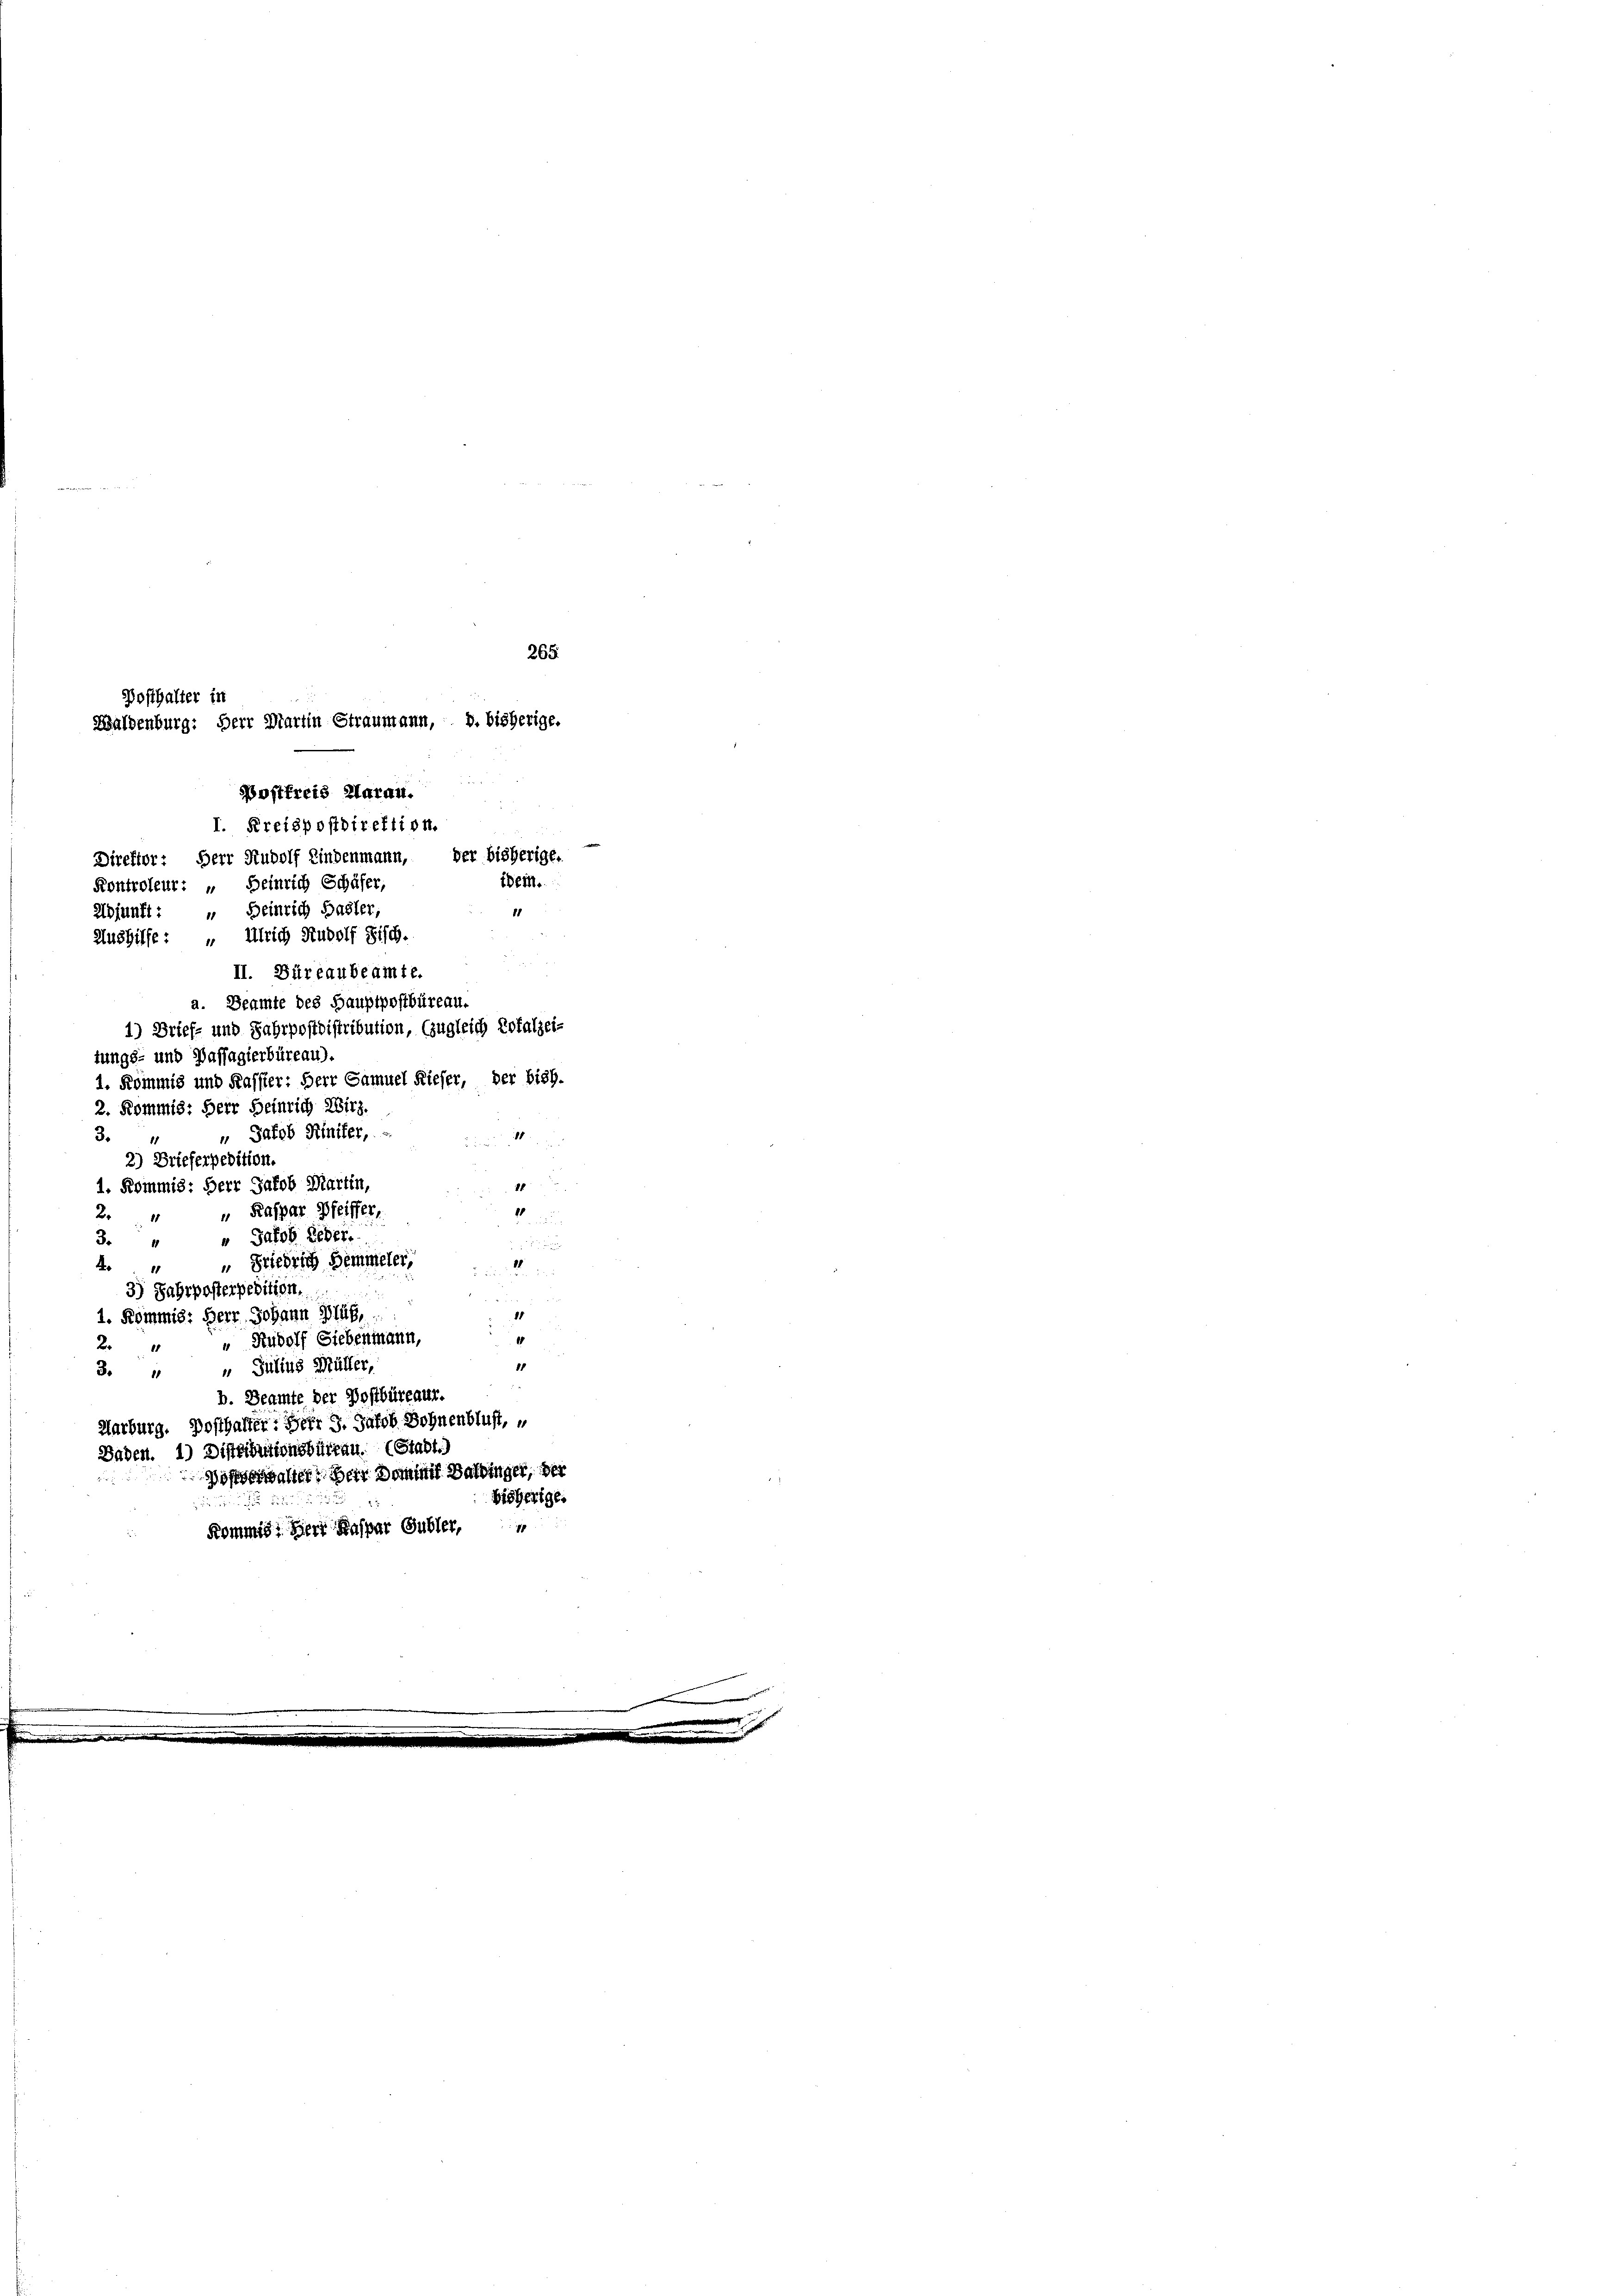
Postfreis darau.
I. Kreispostdirektion.
Direktor: Herr Rudolf Kindenmann, der bisherigen
tein.
Kontroleur: „ Heinrich Schäfer,
1
Abjunft: „Heinrich Basler,
Aushilfe: „ Ulrich Rudolf Fisch.
II. Büreaubeamte.
a. Beamte des Hauptpostbüreau.
1) Brief- und Jahrpostdistribution, (zugleich Erfalzei-
tungs- und Passagierbüreau).
1. Kommis und Kassier: Herr Samuel Rieser, der bish.
2. Kommis: Herr Heinrich Wirz.
„ Jakob Rintfer,
3.
1
2) Brieferpedition.
1
1. Kommis: Herr Jakob Martin,
15
„ Kaspar Pfeiffer,
2
“ Jakob Leder.
3.4
 Friedrich Hemmeler
o
d
3) Fahrposterpedition.
11
1. Kommis: Herr Johann Bluh,
4
2. “ “ Rudolf Siebenmann,
11
3. „ „ Julius Müller,
b. Beamte der Postbüreaur.
Marburg. Dosthalter: Herr 3. Jakob Sohnenblust, v
Baden. 1) Distributionsbüreau. (Stadt.
Woferwalter der Dommis Balbinger, der
bisherige.
27
Kommis, Herr Kaspar Gubler,

265.
Posthalter in
Waldenburg: Herr Martin Straumann, 8. bisherige.